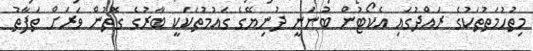
މިތުހުމަތުތަކުގެ ރައްދުގައި އެކޯޓުން ބުނަނީ ދުނިޔޭގެ ގައުމުތަކަކީ ބާރުގެ ގޮތުން ވަރަށް ތަފާތު